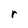
Character: r